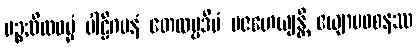
ပဉ္စသီလဓမ္မံ ပါဠိဂမနံ တေလပ္ပဒီပံ ပဇဟေယျန္တိ ဧယျာမဝစနဿ